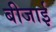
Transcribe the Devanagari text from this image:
बीजाई